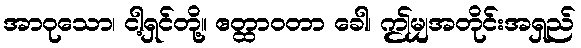
အာဝုသော၊ ငါ့ရှင်တို့။ ဧတ္ထာဝတာ ခေါ၊ ဤမျှအတိုင်းအရှည်